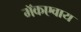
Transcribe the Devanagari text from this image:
मॅकएवाय